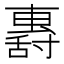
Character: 𡭏